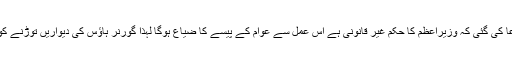
درخواست میں استدعا کی گئی کہ وزیراعظم کا حکم غیر قانونی ہے اس عمل سے عوام کے پیسے کا ضیاع ہوگا لہٰذا گورنر ہاؤس کی دیواریں توڑنے کو فوری روکا جائے۔